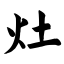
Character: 灶